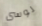
لوسى